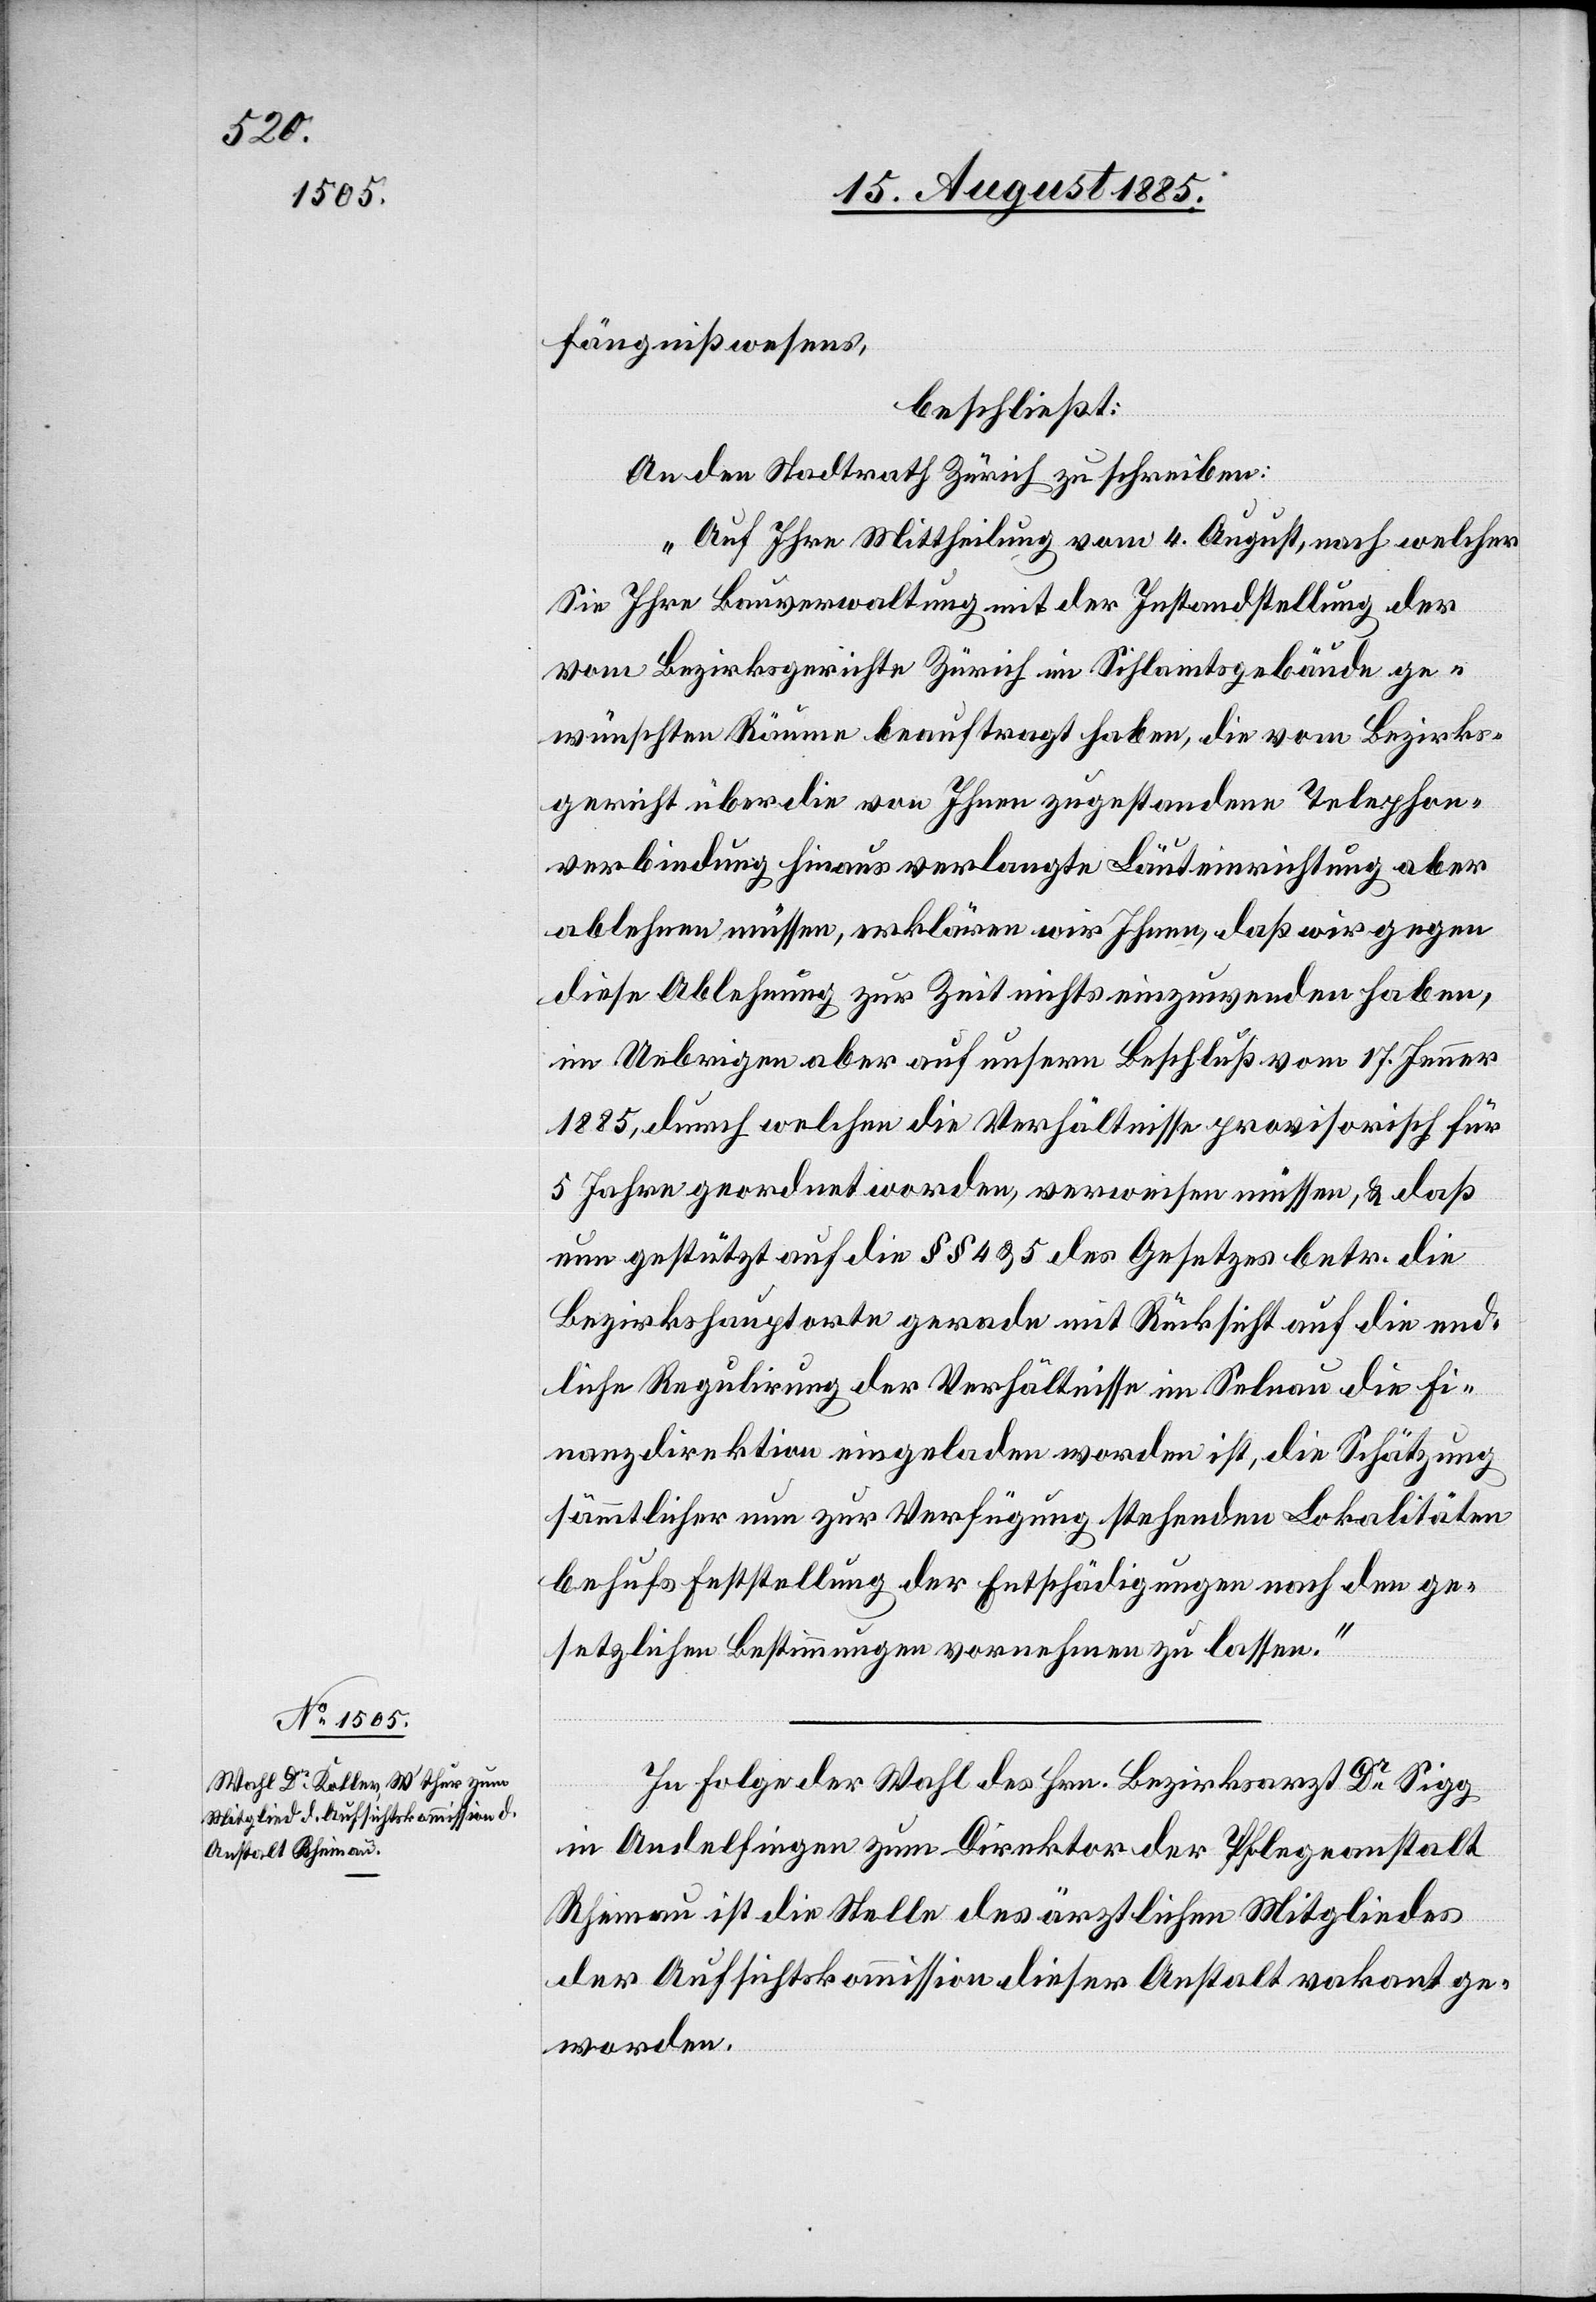
fängnißwesens,
beschließt:
An den Stadtrath Zürich zu schreiben:
„Auf Ihre Mittheilung vom 4. August, nach welcher
Sie Ihre Bauverwaltung mit der Instandstellung der
vom Bezirksgerichte Zürich im Sihlamtsgebäude ge¬
wünschten Räume beauftragt haben, die vom Bezirks¬
gericht über die von Ihnen zugestandenen Telephon¬
verbindung hinaus verlangte Läuteinrichtung aber
ablehnen müssen, erklären wir Ihnen, daß wir gegen
diese Ablehnung zur Zeit nichts einzuwenden haben,
im Uebrigen aber auf unsern Beschluß vom 17. Jenner
1885, durch welchen die Verhältnisse provisorisch für
5 Jahre geordnet worden, verweisen müssen, & daß
nun gestützt auf die §§ 4 & 5 des Gesetzes betr. die
Bezirkshauptorte gerade mit Rücksicht auf die end¬
liche Regulirung der Verhältnisse im Selnau die Fi¬
nanzdirektion eingeladen worden ist, die Schätzung
sämmtlicher nun zur Verfügung stehenden Lokalitäten
behufs Feststellung der Entschädigungen nach den ge¬
setzlichen Bestimmungen vornehmen zu lassen.“
In Folge der Wahl des Hrn. Bezirksarzt Dr Sigg
in Andelfingen zum Direktor der Pflegeanstalt
Rheinau ist die Stelle des ärztlichen Mitgliedes
der Aufsichtskommission dieser Anstalt vakant ge¬
worden.